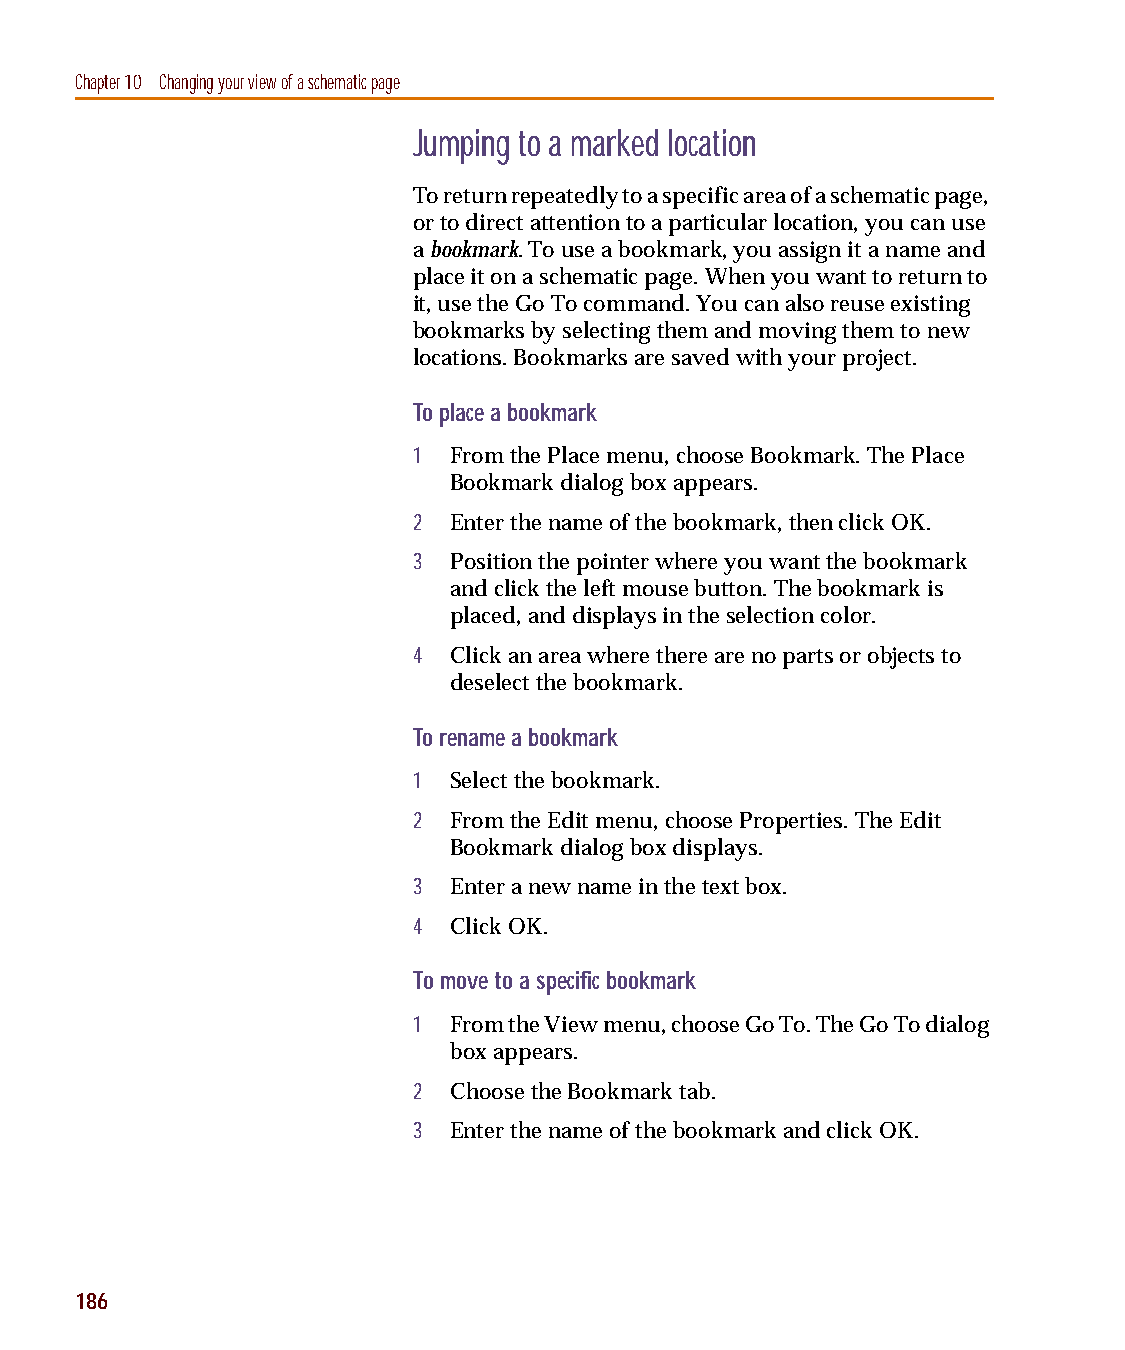
capug.book Page 186 Thursday, November 12, 1998 3:38 PM
 Chapter 10 Changing your view of a schematic page
 Jumping to a marked location
 To return repeatedly to a specific area of a schematic page,
 or to direct attention to a particular location, you can use
 a bookmark. To use a bookmark, you assign it a name and
 place it on a schematic page. When you want to return to
 it, use the Go To command. You can also reuse existing
 bookmarks by selecting them and moving them to new
 locations. Bookmarks are saved with your project.
 To place a bookmark
 1  From the Place menu, choose Bookmark. The Place
 Bookmark dialog box appears.
 2  Enter the name of the bookmark, then click OK.
 3  Position the pointer where you want the bookmark
 and click the left mouse button. The bookmark is
 placed, and displays in the selection color.
 4  Click an area where there are no parts or objects to
 deselect the bookmark.
 To rename a bookmark
 1  Select the bookmark.
 2  From the Edit menu, choose Properties. The Edit
 Bookmark dialog box displays.
 3  Enter a new name in the text box.
 4  Click OK.
 To move to a specific bookmark
 1  From the View menu, choose Go To. The Go To dialog
 box appears.
 2  Choose the Bookmark tab.
 3  Enter the name of the bookmark and click OK.
 186